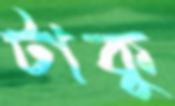
টাকু